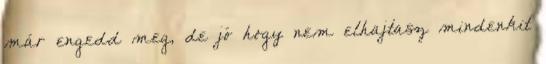
már engedd meg, de jó hogy nem elhajtasz mindenkit